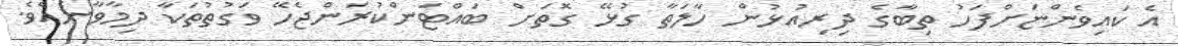
އެ ކައިވެންޏަށްފަހު ތިބާގެ ދިރިއުޅުން ހާލަތާ ގުޅޭ ގޮތަށް ބައްޓަންކުރަންޖެހޭ ވަގުތުތަކާ ދިމާވާނެއެވެ.